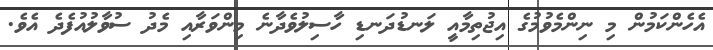
އެހެންކަމުން މި ނިންމެވުމުގެ އިޖުތިމާއީ ލަނޑުދަނޑި ހާސިލުވެދާނެ މިންވަރާއި މެދު ސުވާލުއުފެދެ އެވެ.